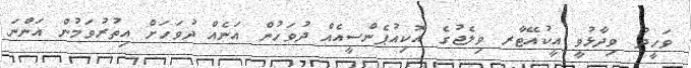
ވަހީދު ވިދާޅުވީ އީކުއޭޓާރ ވިލެޖުގެ އޮކިއުޕެންސީއެއް ދުވަހުން އަނެއް ދުވަހަށް އިތުރުވަމުން އަންނަ